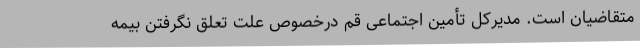
متقاضیان است. مدیرکل تأمین اجتماعی قم درخصوص علت تعلق نگرفتن بیمه